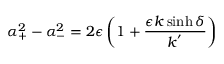
\alpha _ { + } ^ { 2 } - \alpha _ { - } ^ { 2 } = 2 \epsilon \left( 1 + \frac { \epsilon k \sinh \delta } { k ^ { ' } } \right)